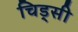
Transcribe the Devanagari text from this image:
चिड्सी